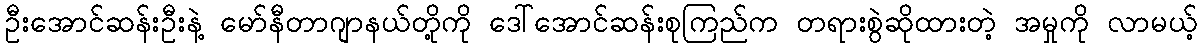
ဦးအောင်ဆန်းဦးနဲ့ မော်နီတာဂျာနယ်တို့ကို ဒေါ်အောင်ဆန်းစုကြည်က တရားစွဲဆိုထားတဲ့ အမှုကို လာမယ့်